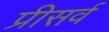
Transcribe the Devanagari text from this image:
प्रीसर्व